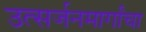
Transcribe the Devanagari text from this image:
उत्सर्जनमार्गांचा